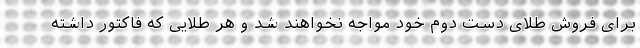
برای فروش طلای دست دوم خود مواجه نخواهند شد و هر طلایی که فاکتور داشته